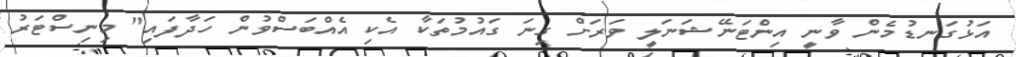
އަޅުގަނޑުމެން ވާނީ އިންޓަނޭޝަނަލީ ވަރަށް ގިނަ ގައުމުތަކާ އެކި އެއްބަސްވުން ހަދާފައި" މިނިސްޓަރު